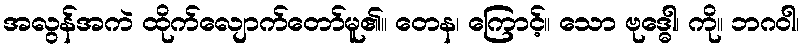
အလွန်အကဲ ထိုက်လျောက်တော်မူ၏။ တေန၊ ကြောင့်။ သော ဗုဒ္ဓေါ၊ ကို။ ဘဂဝါ၊